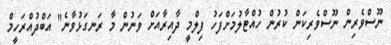
ނޫސްވެރިން ނޫސްވެރިކަން ކުރުން ހުއްޓާލުމަށްފަހު ފިލްމީ ދާއިރާއަށް ވަނުން މާ ރަނގަޅުވާނެ" އަބްދުއްރަހީމް